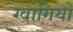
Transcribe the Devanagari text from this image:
ग्वागियो